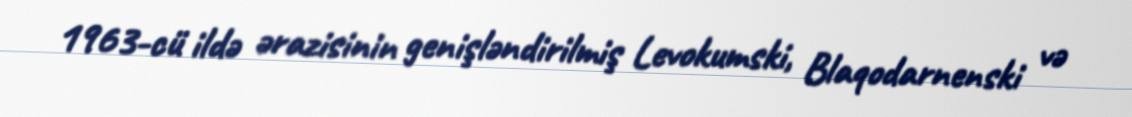
1963-cü ildə ərazisinin genişləndirilmiş Levokumski, Blaqodarnenski və